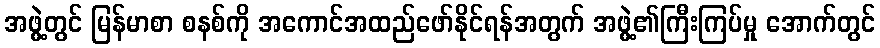
အဖွဲ့တွင် မြန်မာစာ စနစ်ကို အကောင်အထည်ဖော်နိုင်ရန်အတွက် အဖွဲ့၏ကြီးကြပ်မှု အောက်တွင်